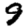
Digit: 9